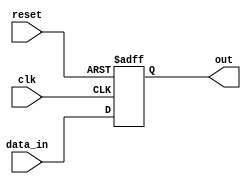
module async_reset_behavioral (
    input wire clk,       // Clock signal
    input wire reset,     // Asynchronous reset signal (active high)
    input wire [7:0] data_in, // Example input data
    output reg [7:0] out  // Output signal
);

// State Definitions
parameter INITIAL_STATE = 8'b00000000; // Predefined state for reset

// Always block for asynchronous reset and synchronous operation
always @(posedge clk or posedge reset) begin
    if (reset) begin
        // Asynchronous reset action
        out <= INITIAL_STATE; // Set output to predefined state
    end else begin
        // Normal operation (synchronous)
        out <= data_in; // Update output based on input data
    end
end

endmodule